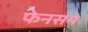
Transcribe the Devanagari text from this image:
फेनसम